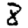
Digit: 8